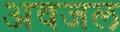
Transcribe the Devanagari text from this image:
अवजल